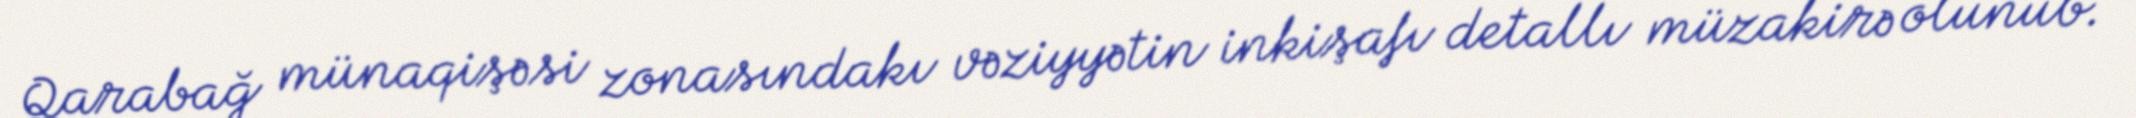
Qarabağ münaqişəsi zonasındakı vəziyyətin inkişafı detallı müzakirə olunub.